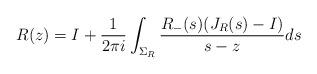
LaTeX: \begin{align*}R(z) = I + \frac{1}{2\pi i} \int_{\Sigma_{R}} \frac{R_{-}(s)(J_{R}(s)-I)}{s-z}ds\end{align*}